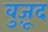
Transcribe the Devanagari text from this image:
वुज़ूद